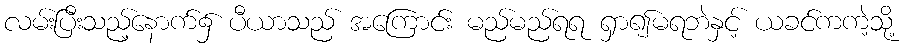
လမ်းပြီးသည့်နောက်၌ ပီယာသည် အကြောင်း မည်မည်ရရ ရှာ၍မရဘဲနှင့် ယခင်ကကဲ့သို့